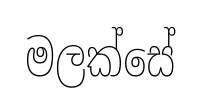
මලක්සේ